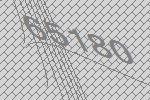
65180